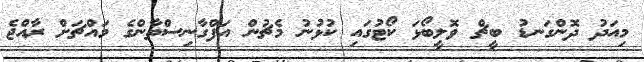
މިއަދު ދޮންގަނޑު ބީޗް ވޮލީބޯޅަ ކޯޓުގައި ކުޅުނު މެޗުން އަފްގާނިސްތާންގެ މައްޗަށް ރާއްޖެ